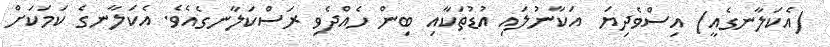
(އެކަލާނގެއީ) އިސްވެދިޔަ  އަކާނުލައި އުޑުތަކާއި ބިން ހެއްދެވި ރަސްކަލާނގެއެވެ. އެކަލާނގެ ކަމަކަށް